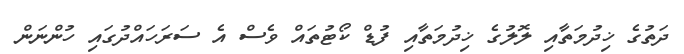
ދަތުގެ ޚިދުމަތާއި ލޮލުގެ ޚިދުމަތާއި ފުޑް ކޯޓުތައް ވެސް އެ ސަރަހައްދުގައި ހުންނަން